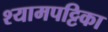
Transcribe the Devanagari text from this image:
श्यामपट्टिका